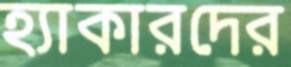
হ্যাকারদের